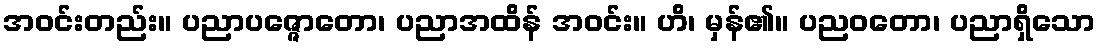
အဝင်းတည်း။ ပညာပဇ္ဇောတော၊ ပညာအထိန် အဝင်း။ ဟိ၊ မှန်၏။ ပညဝတော၊ ပညာရှိသော